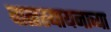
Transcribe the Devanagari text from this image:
वात्त्स्यायनाच्या